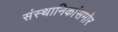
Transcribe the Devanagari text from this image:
संस्थानिकांसमोर